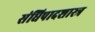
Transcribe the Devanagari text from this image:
संधिपादशास्त्र